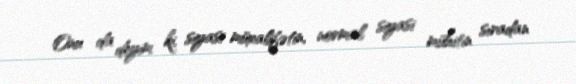
Onu da deyim ki, siyasi müxalifətin, normal siyasi mühitin sıradan